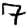
Digit: 7